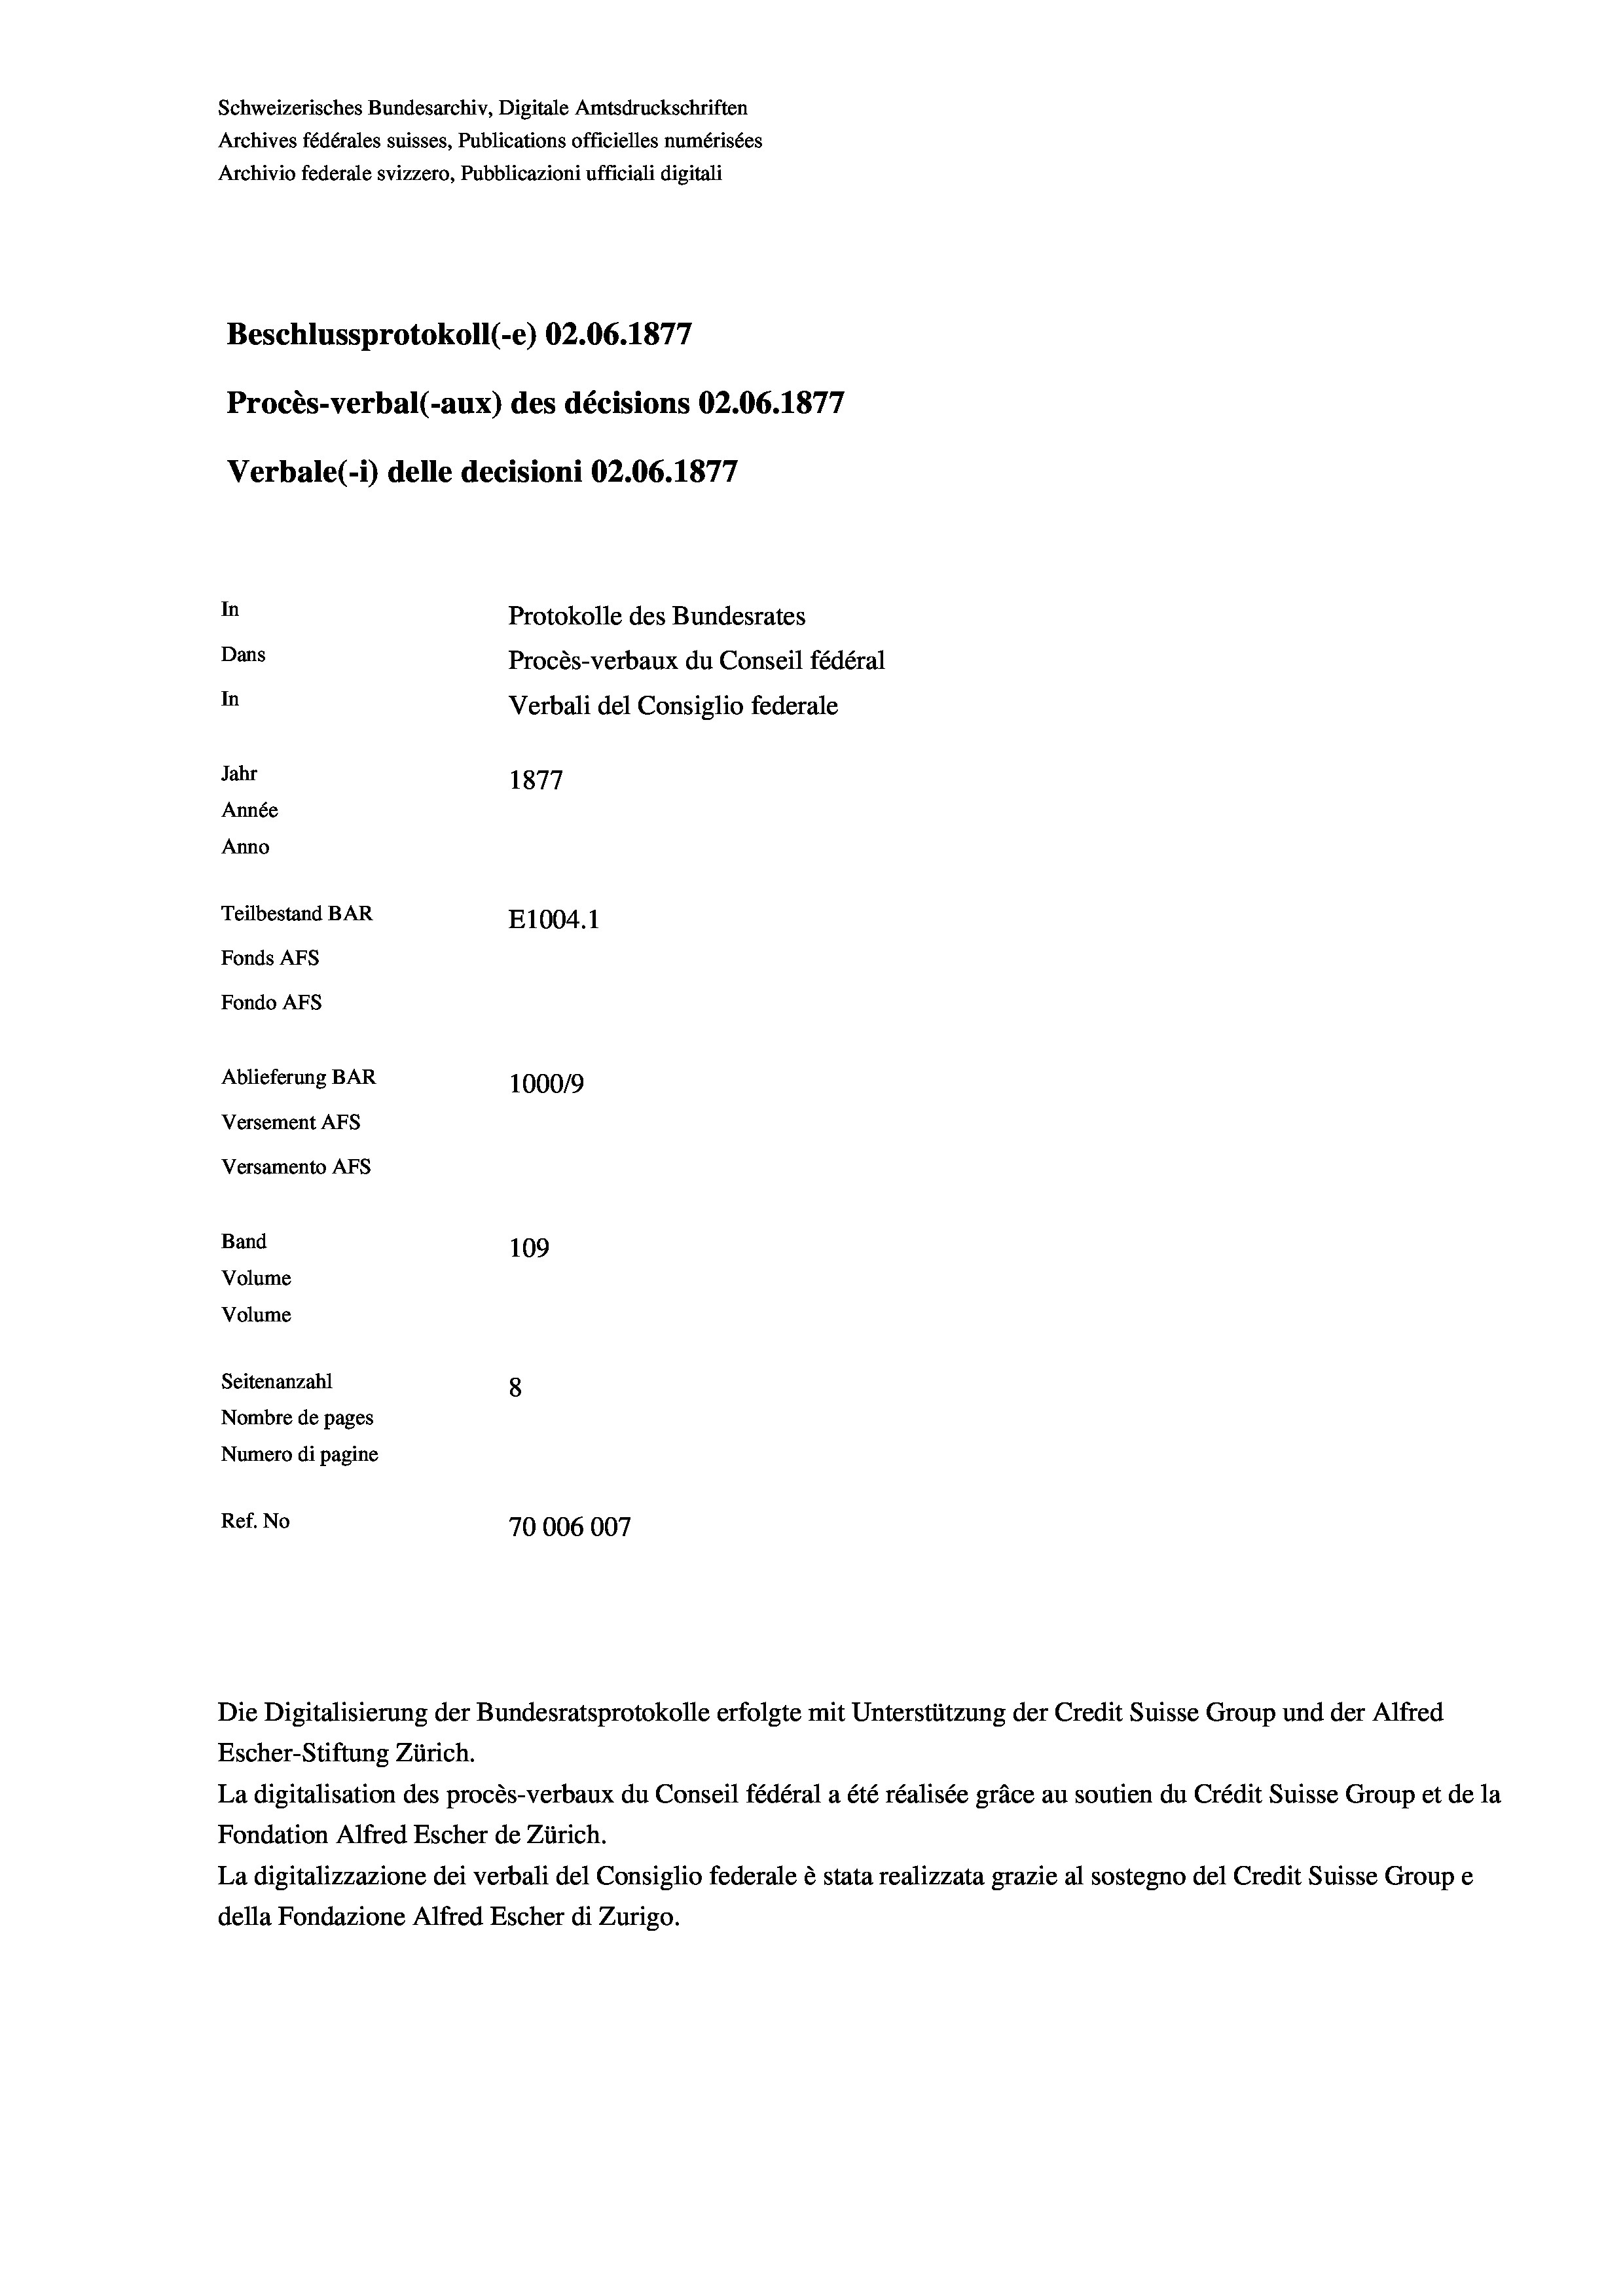
Schweizerisches Bundesarchiv, Digitale Amtsdruckschriften
Archives fédérales suisses, Publications officielles numérisées
Archivio federale svizzero, Pubblicazioni ufficiali digitali
1
Beschlussprotokoll (-e) 02.06. 1877
4
Procès-verbal (-aux) des décisions 02.06. 1871
Verbale (i) delle decisioni 02.06. 1877
In
Protokolle des Bundesrates
Dans
Procès-verbaux du Conseil fédéral
In
Verbali del Consiglio federale
Jahr
1877
Année
Anno
Teilbestand BAR
E1004.1
Fonds AFs
Fondo AFs
Ablieferung BAR
100019
Versement AFS
Versamento AFs
Band
109
Volume

Volume
Seitenanzahl
8
Nombre de pages
Numero di pagine
Ref. No
70006007

d

Escher-Stiftung Zürich.
La digitalisation des procès-verbaux du Conseil fédéral a été réalisée gräce au soutien du Crédit Suisse Group et de la
Fondation Alfred Escher de Zürich.
La digitalizzazione dei verbali del Consiglio federale è stata realizzata grazie al sostegno del Credit Suisse Groupe
della Fondazione Alfred Escher di Zurigo.

Die Digitalisierung der Bundesratsprotokolle erfolgte mit Unterstützung der Credit Suisse Group und der Alfred